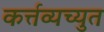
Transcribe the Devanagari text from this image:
कर्त्तव्यच्युत